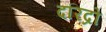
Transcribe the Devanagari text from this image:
दरिद्रो